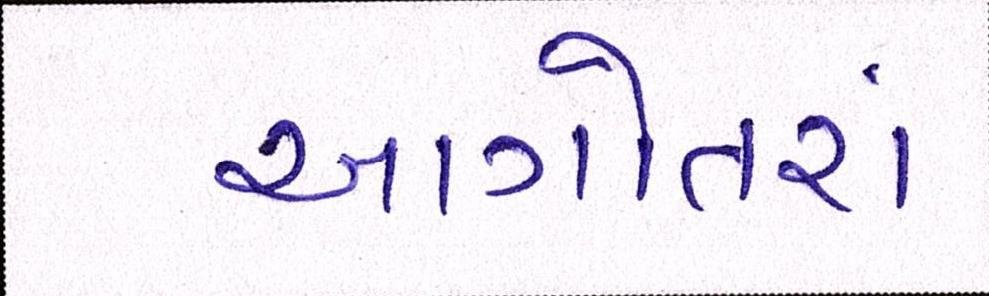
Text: આગોતરાં